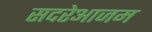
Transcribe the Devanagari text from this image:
सदरेआजम